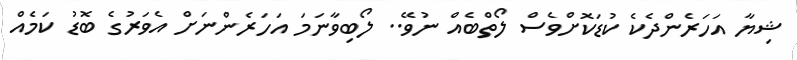
ޝިޔާ އަހަރެންދެކެ ކުޑަކޮށްވެސް ލޯތްބެއް ނުވޭ.. ލޯބިވާނަމަ އަހަރެންނަށް އެވަރުގެ ބޮޑު ކަމެއް